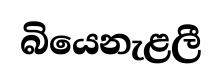
බියෙනැළලී